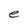
Character: e